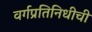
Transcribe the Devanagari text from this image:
वर्गप्रतिनिधीची